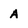
Character: A